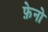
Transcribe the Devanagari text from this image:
फ़ेनो